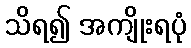
သိရ၍ အကျိုးရပုံ